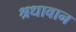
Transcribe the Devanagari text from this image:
श्रधावान